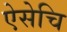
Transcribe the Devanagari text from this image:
ऐसेचि